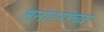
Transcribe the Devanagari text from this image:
मनोहरांच्या